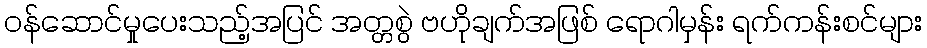
ဝန်ဆောင်မှုပေးသည့်အပြင် အတ္တစွဲ ဗဟိုချက်အဖြစ် ရောဂါမှန်း ရက်ကန်းစင်များ